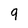
Character: 9